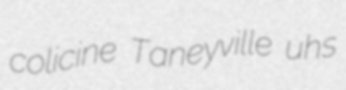
colicine Taneyville uhs